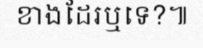
ខាងដែរឬទេ?៕